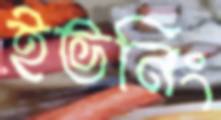
ইভনিং